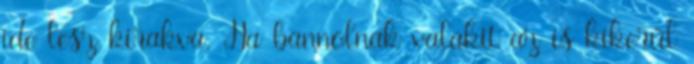
ide lesz kirakva. Ha bannolnak valakit az is kikerűl